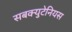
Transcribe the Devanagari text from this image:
सबक्युटेनियस